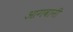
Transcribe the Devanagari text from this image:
आगवानी